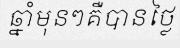
ឆ្នាំមុនៗគឺបានថ្លៃ